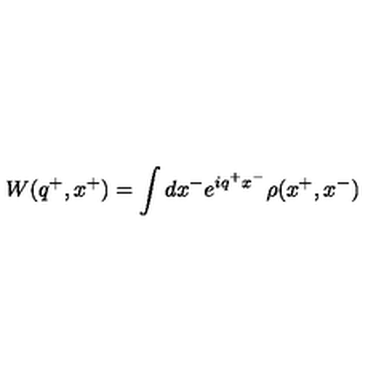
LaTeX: W ( q ^ { + } , x ^ { + } ) = \int d x ^ { - } e ^ { i q ^ { + } x ^ { - } } \rho ( x ^ { + } , x ^ { - } )